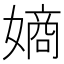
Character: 𫱨